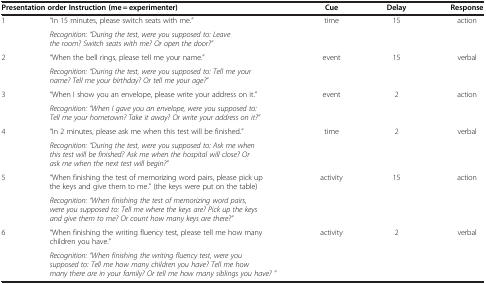
<table><thead><tr><td colspan="2"><b>Presentation order Instruction (me = experimenter)</b></td><td><b>Cue</b></td><td><b>Delay</b></td><td><b>Response</b></td></tr></thead><tbody><tr><td>1</td><td>“In 15 minutes, please switch seats with me.”</td><td>time</td><td>15</td><td>action</td></tr><tr><td> </td><td><i>Recognition: “During the test, were you supposed to: Leave the room? Switch seats with me? Or open the door?”</i></td><td> </td><td> </td><td> </td></tr><tr><td>2</td><td>“When the bell rings, please tell me your name.”</td><td>event</td><td>15</td><td>verbal</td></tr><tr><td> </td><td><i>Recognition: “During the test, were you supposed to: Tell me your name? Tell me your birthday? Or tell me your age?”</i></td><td> </td><td> </td><td> </td></tr><tr><td>3</td><td>“When I show you an envelope, please write your address on it.”</td><td>event</td><td>2</td><td>action</td></tr><tr><td> </td><td><i>Recognition: “When I gave you an envelope, were you supposed to: Tell me your hometown? Take it away? Or write your address on it?”</i></td><td> </td><td> </td><td> </td></tr><tr><td>4</td><td>“In 2 minutes, please ask me when this test will be finished.”</td><td>time</td><td>2</td><td>verbal</td></tr><tr><td> </td><td><i>Recognition: “During the test, were you supposed to: Ask me when this test will be finished? Ask me when the hospital will close? Or ask me when the next test will begin?”</i></td><td> </td><td> </td><td> </td></tr><tr><td>5</td><td>“When finishing the test of memorizing word pairs, please pick up the keys and give them to me.” (the keys were put on the table)</td><td>activity</td><td>15</td><td>action</td></tr><tr><td> </td><td><i>Recognition: “When finishing the test of memorizing word pairs, were you supposed to: Tell me where the keys are? Pick up the keys and give them to me? Or count how many keys are there?”</i></td><td> </td><td> </td><td> </td></tr><tr><td>6</td><td>“When finishing the writing fluency test, please tell me how many children you have.”</td><td>activity</td><td>2</td><td>verbal</td></tr><tr><td> </td><td><i>Recognition: “When finishing the writing fluency test, were you supposed to: Tell me how many children you have? Tell me how many there are in your family? Or tell me how many siblings you have? ”</i></td><td> </td><td> </td><td> </td></tr></tbody></table>